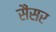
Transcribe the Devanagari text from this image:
सैंसर